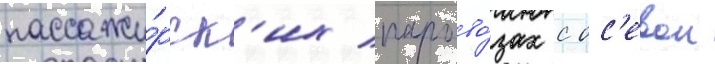
пассажи́рск'их парово́зах с ос'евои